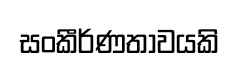
සංකීර්ණතාවයකි